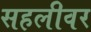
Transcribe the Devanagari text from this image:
सहलीवर